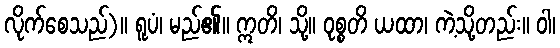
လိုက်စေသည်)။ ရူပံ၊ မည်၏။ ဣတိ၊ သို့။ ဝုစ္စတိ ယထာ၊ ကဲ့သို့တည်း။ ဝါ၊